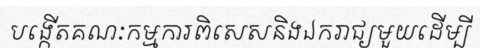
បង្កើតគណៈកម្មការពិសេសនិងឯករាជ្យមួយដើម្បី